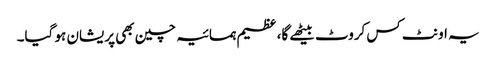
یہ اونٹ کس کروٹ بیٹھے گا، عظیم ہمسائیہ چین بھی پریشان ہو گیا۔